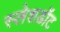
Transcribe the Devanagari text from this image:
स्लेशडॉट